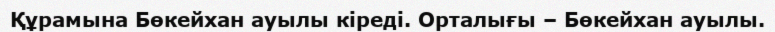
Құрамына Бөкейхан ауылы кіреді. Орталығы – Бөкейхан ауылы.